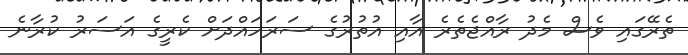
ތެރޭގައި ވެސް މެދު ރާއްޖެތެރެ އާއި އުތުރުގެ ސަރަހައްދަށް ކެރީގެ އަސަރު ކުރާނެ